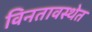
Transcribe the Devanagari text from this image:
विनतावस्थेत